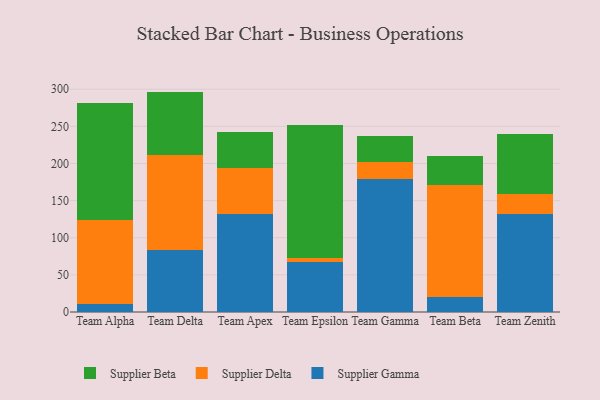
{"axis": {"x": "Team", "y": "Market Share (%)"}, "legend": ["Supplier Beta", "Supplier Delta", "Supplier Gamma"], "data": [{"x": "Team Alpha", "y": 11.2, "type": "Supplier Gamma"}, {"x": "Team Alpha", "y": 113.0, "type": "Supplier Delta"}, {"x": "Team Alpha", "y": 157.5, "type": "Supplier Beta"}, {"x": "Team Delta", "y": 83.4, "type": "Supplier Gamma"}, {"x": "Team Delta", "y": 127.6, "type": "Supplier Delta"}, {"x": "Team Delta", "y": 85.8, "type": "Supplier Beta"}, {"x": "Team Apex", "y": 131.8, "type": "Supplier Gamma"}, {"x": "Team Apex", "y": 62.1, "type": "Supplier Delta"}, {"x": "Team Apex", "y": 48.4, "type": "Supplier Beta"}, {"x": "Team Epsilon", "y": 67.9, "type": "Supplier Gamma"}, {"x": "Team Epsilon", "y": 5.2, "type": "Supplier Delta"}, {"x": "Team Epsilon", "y": 178.7, "type": "Supplier Beta"}, {"x": "Team Gamma", "y": 178.6, "type": "Supplier Gamma"}, {"x": "Team Gamma", "y": 23.0, "type": "Supplier Delta"}, {"x": "Team Gamma", "y": 35.0, "type": "Supplier Beta"}, {"x": "Team Beta", "y": 20.0, "type": "Supplier Gamma"}, {"x": "Team Beta", "y": 150.5, "type": "Supplier Delta"}, {"x": "Team Beta", "y": 39.9, "type": "Supplier Beta"}, {"x": "Team Zenith", "y": 132.2, "type": "Supplier Gamma"}, {"x": "Team Zenith", "y": 26.2, "type": "Supplier Delta"}, {"x": "Team Zenith", "y": 81.6, "type": "Supplier Beta"}]}